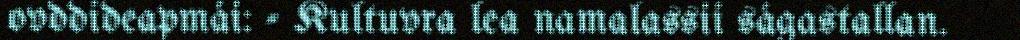
ovddideapmái: - Kultuvra lea namalassii ságastallan.